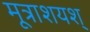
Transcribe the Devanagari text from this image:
मूत्राशयश्